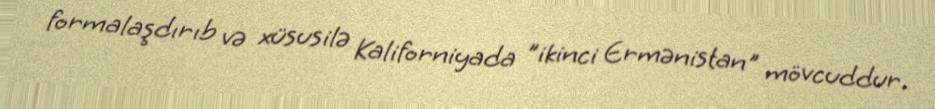
formalaşdırıb və xüsusilə Kaliforniyada ”ikinci Ermənistan" mövcuddur.